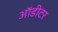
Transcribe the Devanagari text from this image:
ऑडीटर